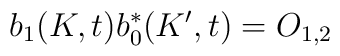
b_{1}(K,t)b_{0}^{\ast }(K^{\prime },t)=O_{1,2}